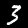
Digit: 3